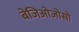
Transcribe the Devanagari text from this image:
बेजिओजोसो